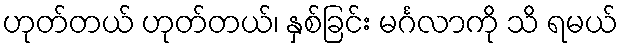
ဟုတ်တယ် ဟုတ်တယ်၊ နှစ်ခြင်း မင်္ဂလာကို သိ ရမယ်